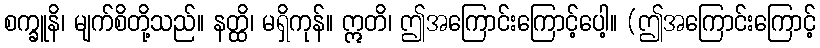
စက္ခူနိ၊ မျက်စိတို့သည်။ နတ္ထိ၊ မရှိကုန်။ ဣတိ၊ ဤအကြောင်းကြောင့်ပေါ့။ (ဤအကြောင်းကြောင့်